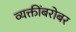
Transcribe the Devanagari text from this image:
व्यक्तींबरोबर